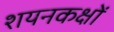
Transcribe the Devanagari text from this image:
शयनकक्षों